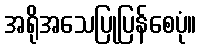
အရိုအသေပြုပြန်စေပုံ။